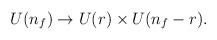
\begin{align*}U(n_f) \to U(r) \times U(n_f-r). \end{align*}